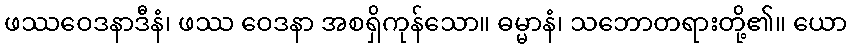
ဖဿဝေဒနာဒီနံ၊ ဖဿ ဝေဒနာ အစရှိကုန်သော။ ဓမ္မာနံ၊ သဘောတရားတို့၏။ ယော